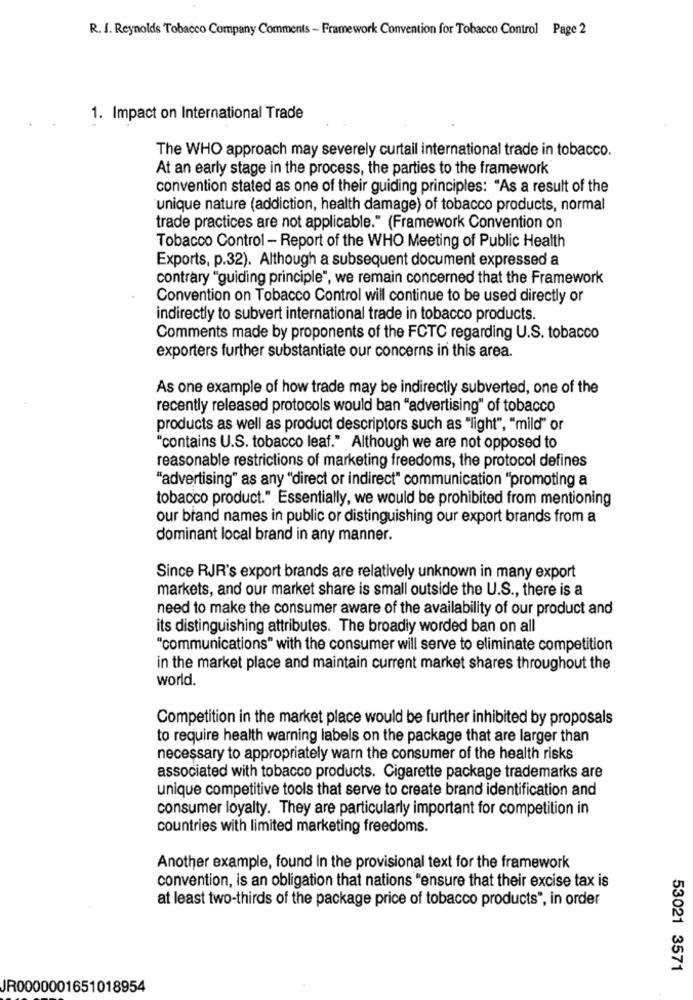
R. J. Reynolds Tobacco Company Comments - Framework Convention for Tobacco Control Page 2
1. Impact on International Trade
The WHO approach may severely curtail international trade in tobacco.
At an early stage in the process, the parties to the framework
convention stated as one of their guiding principles: "As a result of the
unique nature (addiction, health damage) of tobacco products, normal
trade practices are not applicable." (Framework Convention on
Tobacco Control - Report of the WHO Meeting of Public Health
Exports, p.32). Although a subsequent document expressed a
contrary "guiding principle", we remain concerned that the Framework
Convention on Tobacco Control will continue to be used directly or
indirectly to subvert international trade in tobacco products.
Comments made by proponents of the FCTC regarding U.S. tobacco
exporters further substantiate our concerns in this area.
As one example of how trade may be indirectly subverted, one of the
recently released protocols would ban "advertising" of tobacco
products as well as product descriptors such as "light", "mild" or
"contains U.S. tobacco leaf." Although we are not opposed to
reasonable restrictions of marketing freedoms, the protocol defines
"advertising" as any "direct or indirect" communication "promoting a
tobacco product." Essentially, we would be prohibited from mentioning
our brand names in public or distinguishing our export brands from a
dominant local brand in any manner.
Since RJR's export brands are relatively unknown in many export
markets, and our market share is small outside the U.S ., there is a
need to make the consumer aware of the availability of our product and
its distinguishing attributes. The broadly worded ban on all
"communications" with the consumer will serve to eliminate competition
in the market place and maintain current market shares throughout the
world.
Competition in the market place would be further inhibited by proposals
to require health warning labels on the package that are larger than
necessary to appropriately warn the consumer of the health risks
associated with tobacco products. Cigarette package trademarks are
unique competitive tools that serve to create brand identification and
consumer loyalty. They are particularly important for competition in
countries with limited marketing freedoms.
Another example, found In the provisional text for the framework
convention, is an obligation that nations "ensure that their excise tax is
at least two-thirds of the package price of tobacco products", in order
53021 3571
JR0000001651018954